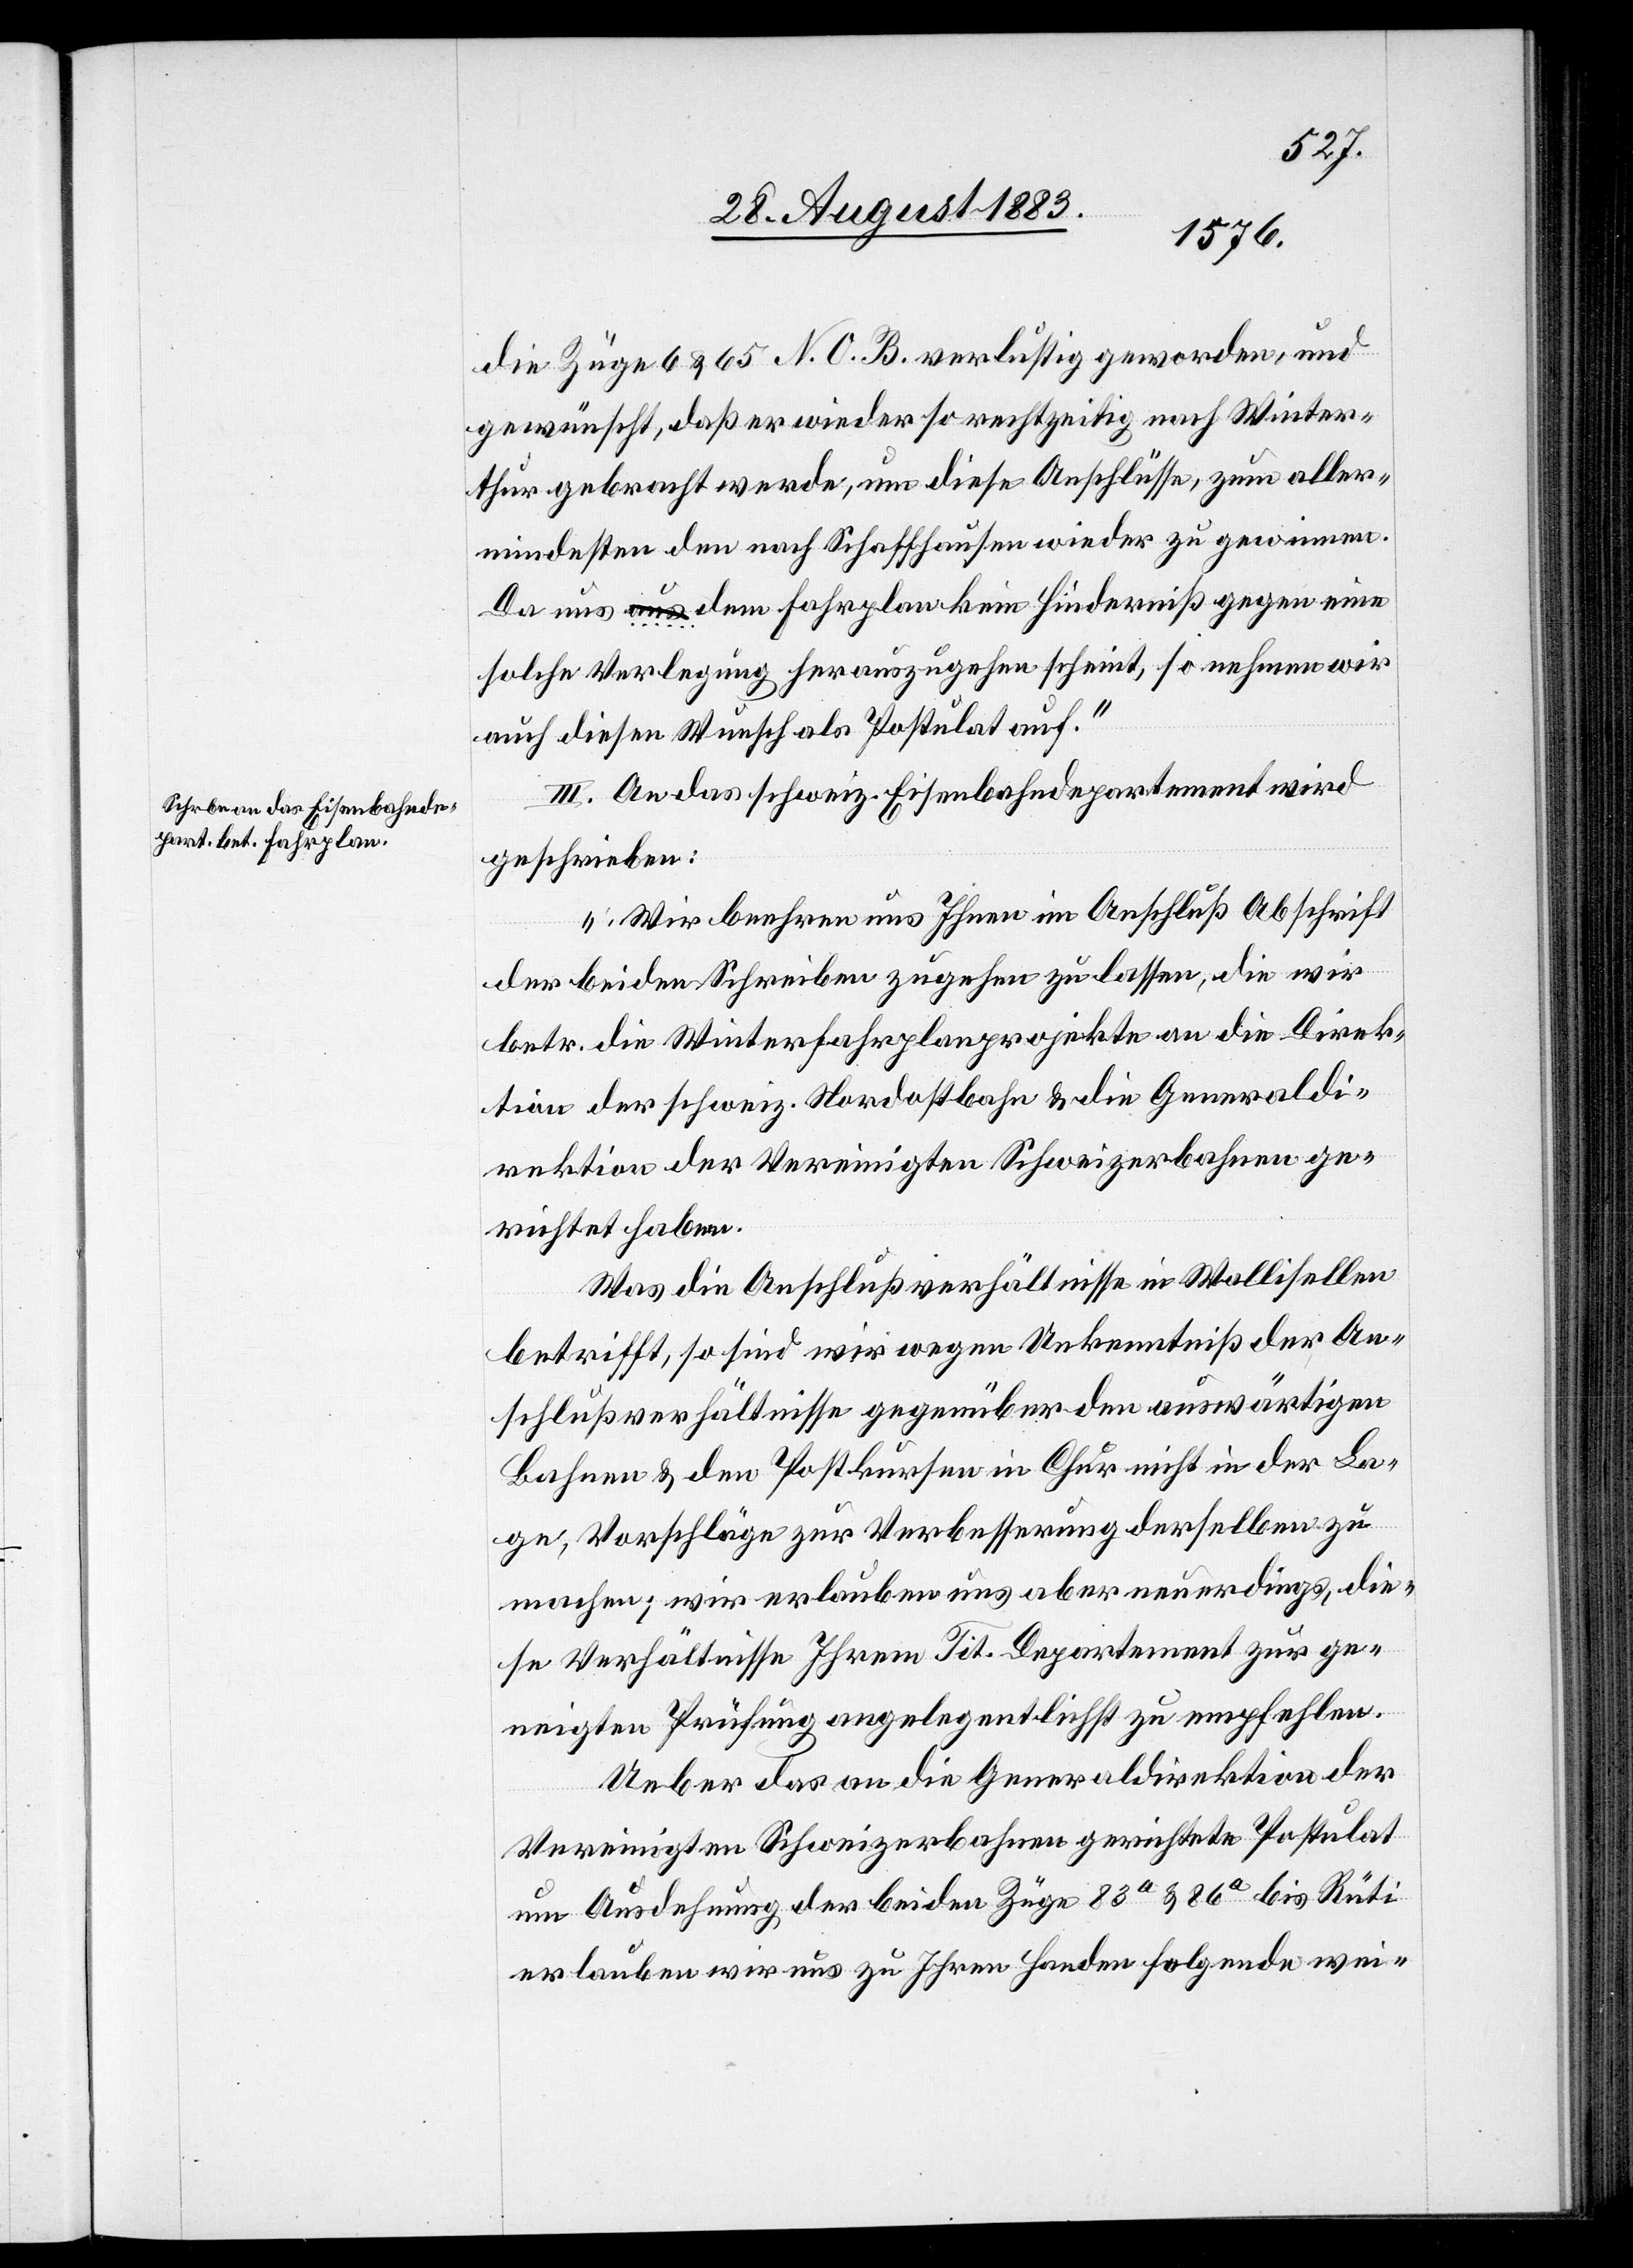
die Züge 6 & 65 N. O. B. verlustig geworden, und
gewünscht, daß er wieder so rechtzeitig nach Winter¬
thur gebracht werde, um diese Anschlüsse, zum aller¬
mindesten den nach Schaffhausen wieder zu gewinnen.
Da uns a-aus-a dem Fahrplan kein Hinderniß gegen eine
solche Verlegung herauszugehen schein, so nehmen wir
auch diesen Wunsch als Postulat auf.“
III. An das schweiz. Eisenbahndepartement wird
geschrieben:
„Wir beehren uns Ihnen im Anschluß Abschrift
der beiden Schreiben zugehen zu lassen, die wir
betr. die Winterfahrplanprojekte an die Direk¬
tion der schweiz. Nordostbahn & die Generaldi¬
rektion der Vereinigten Schweizerbahnen ge¬
richtet haben.
Was die Anschlußverhältnisse in Wallisellen
betrifft, so sind wir wegen Unkenntniß der An¬
schlußverhältnisse gegenüber den auswärtigen
Bahnen & den Postkursen in Chur nicht in La¬
ge, Vorschläge zur Verbesserung derselben zu
machen; wir erlauben uns aber neuerdings, die¬
se Verhältnisse Ihrem Tit. Departement zur ge¬
neigten Prüfung angelegentlichst zu empfehlen.
Ueber das an die Generaldirektion der
Vereinigten Schweizerbahnen gerichtete Postulat
um Ausdehnung der beiden Züge 83a & 86a bis Rüti
erlauben wir uns zu Ihren Handen folgende wei-